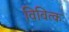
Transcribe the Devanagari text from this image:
विवित्क